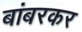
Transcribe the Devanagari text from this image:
बांबरकर